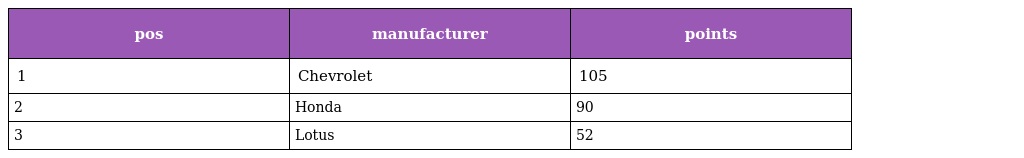
| pos | manufacturer | points |
 | --- | --- | --- |
 | 1 | Chevrolet | 105 |
 | 2 | Honda | 90 |
 | 3 | Lotus | 52 |